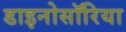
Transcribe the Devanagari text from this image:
डाइनोसॉरिया